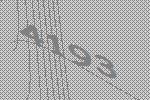
4193